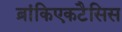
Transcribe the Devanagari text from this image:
ब्रांकिएकटैसिस